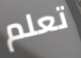
تعلم